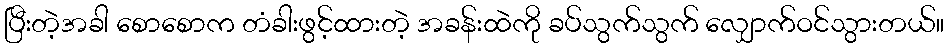
ပြီးတဲ့အခါ စောစောက တံခါးဖွင့်ထားတဲ့ အခန်းထဲကို ခပ်သွက်သွက် လျှောက်ဝင်သွားတယ်။